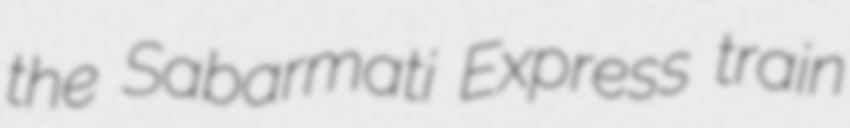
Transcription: the Sabarmati Express train